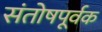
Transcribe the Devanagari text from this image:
संतोषपूर्वक